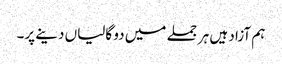
ہم آزاد ہیں ہر جملے میں دو گالیاں دینے پر۔